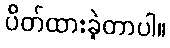
ပိတ်ထားခဲ့တာပါ။